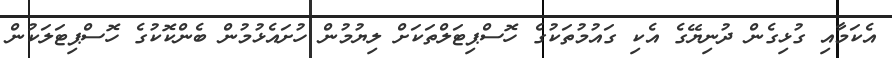
އެކަމާއި ގުޅިގެން ދުނިޔޭގެ އެކި ގައުމުތަކުގެ ހޮސްޕިޓަލްތަކަށް ލިޔުމުން ހުށައެޅުމުން ބެންކޮކުގެ ހޮސްޕިޓަލަކުން